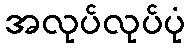
အလုပ်လုပ်ပုံ